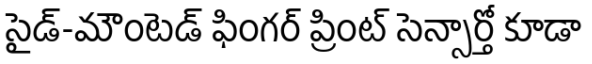
సైడ్-మౌంటెడ్ ఫింగర్ ప్రింట్ సెన్సార్తో కూడా